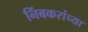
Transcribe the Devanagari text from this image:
निंबकरांच्या